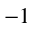
^ { - 1 }